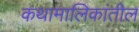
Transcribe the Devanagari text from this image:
कथामालिकांतील